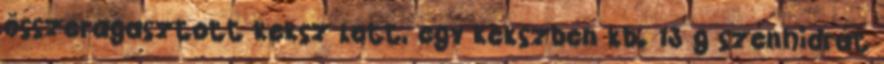
összeragasztott keksz lett, egy kekszben kb. 13 g szénhidrát